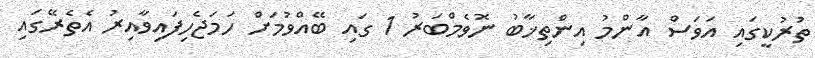
ތުރުކީގައި އަވަސް އާންމު އިންތިޚާބު ނޮވެމްބަރު 1 ގައި ބޭއްވުމަށް ހަމަޖެހިފައިވާއިރު އެތެރޭގައި